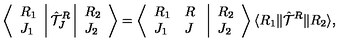
\left\langle \begin{array} { l } { R _ { 1 } } \\ { J _ { 1 } } \\ \end{array} \right| { \hat { \cal T } } _ { J } ^ { R } \left| \begin{array} { l } { R _ { 2 } } \\ { J _ { 2 } } \\ \end{array} \right\rangle = \left\langle \begin{array} { l l } { R _ { 1 } } & { R } \\ { J _ { 1 } } & { J } \\ \end{array} \right. \left| \begin{array} { l } { R _ { 2 } } \\ { J _ { 2 } } \\ \end{array} \right\rangle \langle R _ { 1 } \| { \hat { \cal T } } ^ { R } \| R _ { 2 } \rangle ,